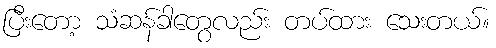
ပြီးတော့ သံဆန်ခါတွေလည်း တပ်ထား သေးတယ်။